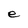
Character: e